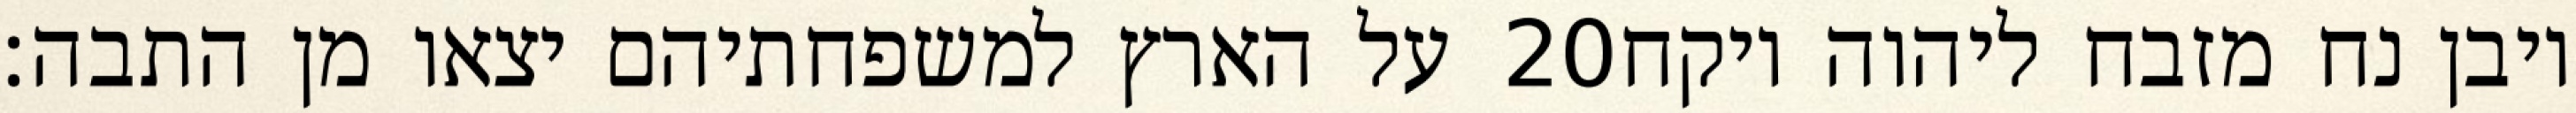
על הארץ למשפחתיהם יצאו מן התבה׃ ‎20‏ ויבן נח מזבח ליהוה ויקח